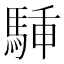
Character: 𩣙